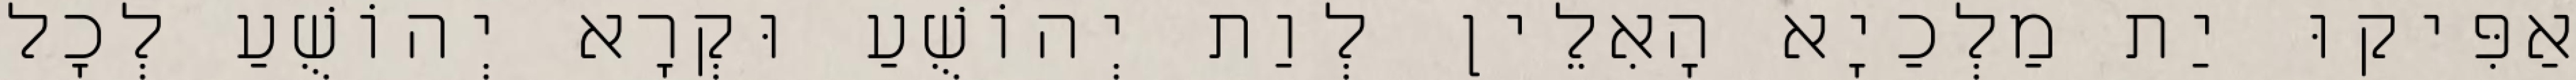
אַפִּיקוּ יַת מַלְכַיָא הָאִלֵין לְוַת יְהוֹשֻׁעַ וּקְרָא יְהוֹשֻׁעַ לְכָל